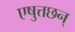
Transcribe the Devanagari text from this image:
एषुत्तछन्